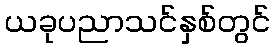
ယခုပညာသင်နှစ်တွင်